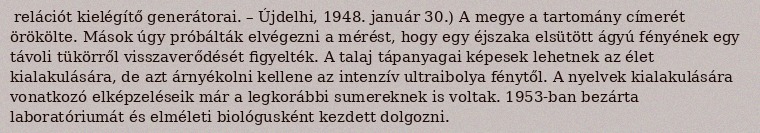
relációt kielégítő generátorai. – Újdelhi, 1948. január 30.) A megye a tartomány címerét örökölte. Mások úgy próbálták elvégezni a mérést, hogy egy éjszaka elsütött ágyú fényének egy távoli tükörről visszaverődését figyelték. A talaj tápanyagai képesek lehetnek az élet kialakulására, de azt árnyékolni kellene az intenzív ultraibolya fénytől. A nyelvek kialakulására vonatkozó elképzeléseik már a legkorábbi sumereknek is voltak. 1953-ban bezárta laboratóriumát és elméleti biológusként kezdett dolgozni.